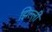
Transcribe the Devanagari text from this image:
झिल्‍ली